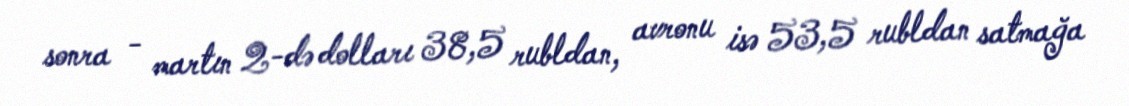
sonra - martın 2-də dolları 38,5 rubldan, avronu isə 53,5 rubldan satmağa